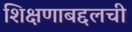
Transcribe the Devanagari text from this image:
शिक्षणाबद्दलची